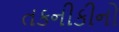
તકનીકીનો